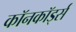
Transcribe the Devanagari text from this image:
कॉनकॉर्ड्स